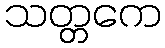
သတ္တကေ